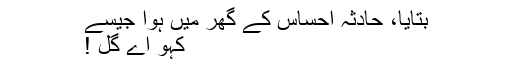
بتایا، حادثہ احساس کے گھر میں ہوا جیسے
کہو اے گُل !